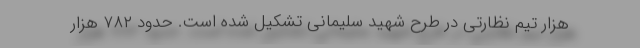
هزار تیم نظارتی در طرح شهید سلیمانی تشکیل شده است. حدود ۷۸۲ هزار